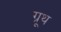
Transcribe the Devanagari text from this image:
ग्रूथ